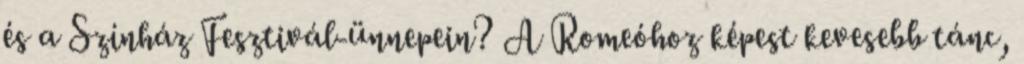
és a Színház Fesztivál-ünnepein? A Romeóhoz képest kevesebb tánc,